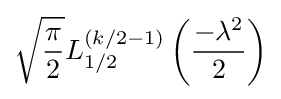
{\sqrt {\frac {\pi }{2}}}L_{1/2}^{(k/2-1)}\left({\frac {-\lambda ^{2}}{2}}\right)